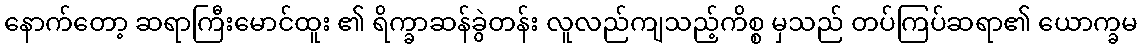
နောက်တော့ ဆရာကြီးမောင်ထူး ၏ ရိက္ခာဆန်ခွဲတန်း လူလည်ကျသည့်ကိစ္စ မှသည် တပ်ကြပ်ဆရာ၏ ယောက္ခမ